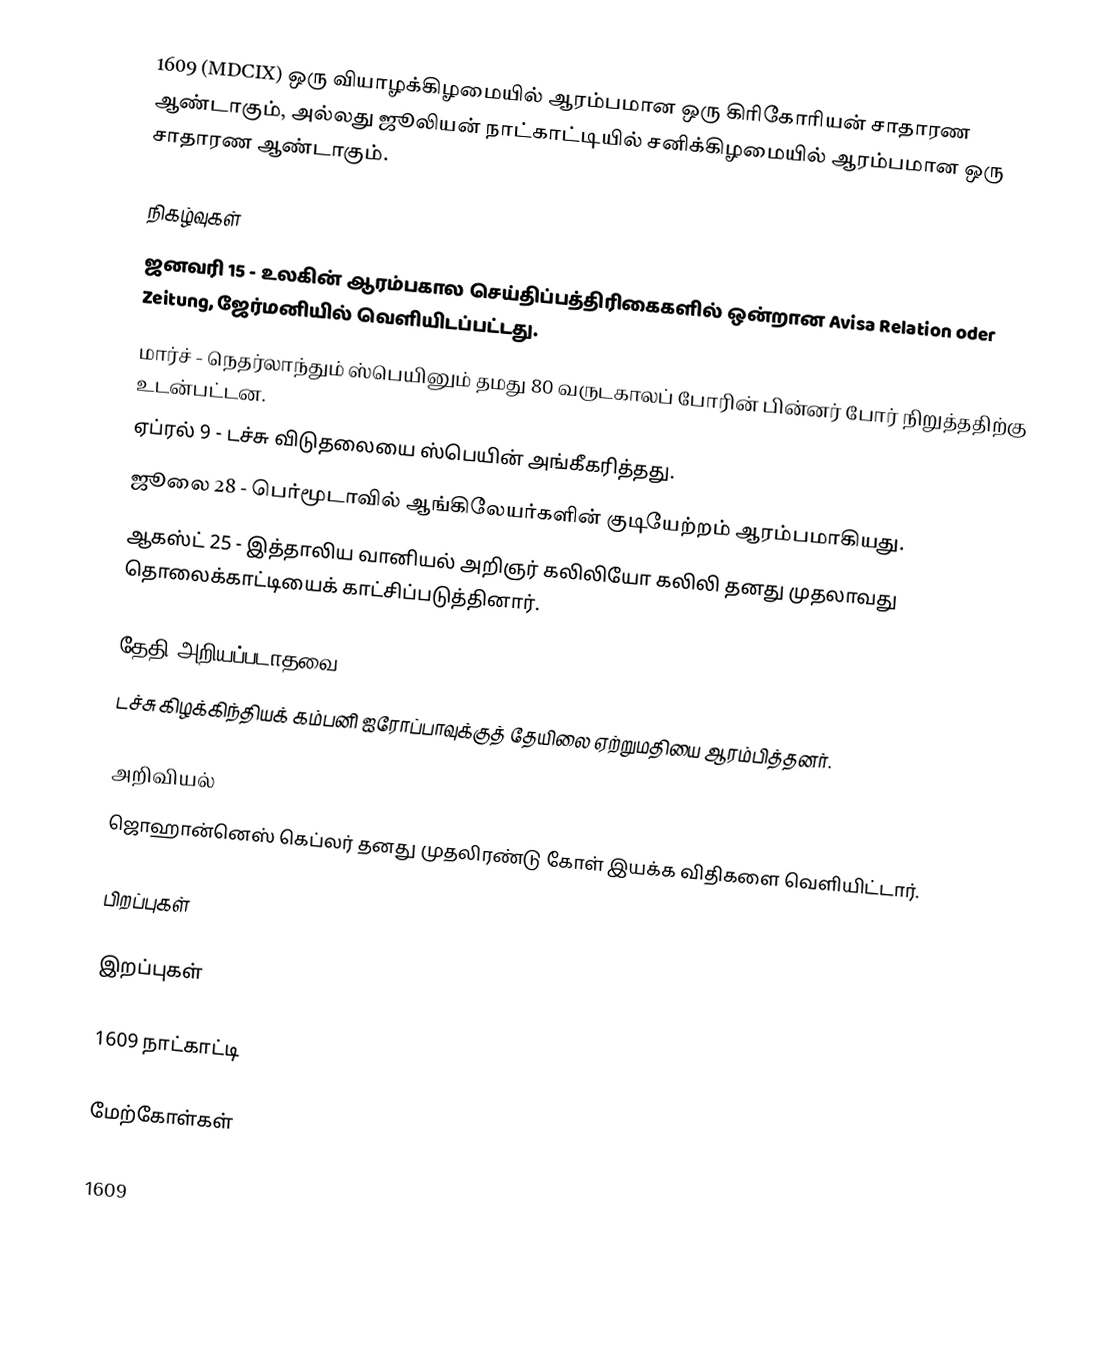
1609 (MDCIX) ஒரு வியாழக்கிழமையில் ஆரம்பமான ஒரு கிரிகோரியன் சாதாரண ஆண்டாகும், அல்லது ஜூலியன் நாட்காட்டியில் சனிக்கிழமையில் ஆரம்பமான ஒரு சாதாரண ஆண்டாகும்.

நிகழ்வுகள்
 ஜனவரி 15 - உலகின் ஆரம்பகால செய்திப்பத்திரிகைகளில் ஒன்றான Avisa Relation oder Zeitung, ஜேர்மனியில் வெளியிடப்பட்டது.
 மார்ச் - நெதர்லாந்தும் ஸ்பெயினும் தமது 80 வருடகாலப் போரின் பின்னர் போர் நிறுத்ததிற்கு உடன்பட்டன.
 ஏப்ரல் 9 - டச்சு விடுதலையை ஸ்பெயின் அங்கீகரித்தது.
 ஜூலை 28 - பெர்மூடாவில் ஆங்கிலேயர்களின் குடியேற்றம் ஆரம்பமாகியது.
 ஆகஸ்ட் 25 - இத்தாலிய வானியல் அறிஞர் கலிலியோ கலிலி தனது முதலாவது தொலைக்காட்டியைக் காட்சிப்படுத்தினார்.

தேதி அறியப்படாதவை
 டச்சு கிழக்கிந்தியக் கம்பனி ஐரோப்பாவுக்குத் தேயிலை ஏற்றுமதியை ஆரம்பித்தனர்.

அறிவியல்
 ஜொஹான்னெஸ் கெப்லர் தனது முதலிரண்டு கோள் இயக்க விதிகளை வெளியிட்டார்.

பிறப்புகள்

இறப்புகள்

1609 நாட்காட்டி

மேற்கோள்கள்

1609